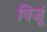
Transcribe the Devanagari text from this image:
विजूं